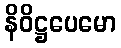
နိဝိဋ္ဌပေမော